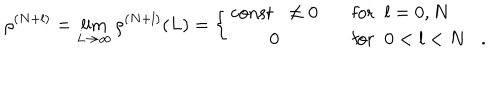
\rho ^ { ( N + l ) } = \lim _ { L \rightarrow \infty } \rho ^ { ( N + l ) } ( L ) = \left\{ \begin{array} { c l } { { \mathrm { c o n s t } \; \; \neq 0 } } & { { \mathrm { f o r } \; \; l = 0 , N } } \\ { { 0 } } & { { \mathrm { f o r } \; \; 0 < l < N . } } \\ \end{array} \right.